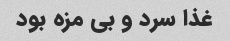
غذا سرد و بی مزه بود